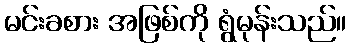
မင်းခစား အဖြစ်ကို ရွံမုန်းသည်။